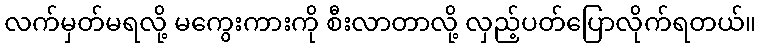
လက်မှတ်မရလို့ မကွေးကားကို စီးလာတာလို့ လှည့်ပတ်ပြောလိုက်ရတယ်။